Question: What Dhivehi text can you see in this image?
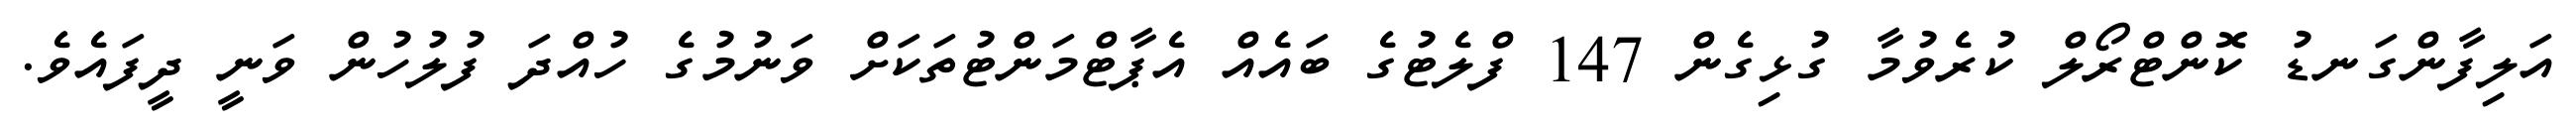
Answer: އަލިފާންގަނޑު ކޮންޓްރޯލް ކުރެވުމާ ގުޅިގެން 147 ފްލެޓުގެ ބައެއް އެޕާޓްމަންޓުތަކަށް ވަނުމުގެ ހުއްދަ ފުލުހުން ވަނީ ދީފައެވެ.